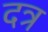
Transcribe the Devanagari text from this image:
दत्र